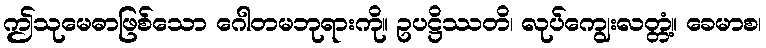
ဤသုမေဓာဖြစ်သော ဂေါတမဘုရားကို။ ဥပဋ္ဌိဿတိ၊ လုပ်ကျွေးလတ္တံ့။ ခေမာစ၊